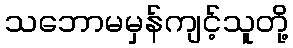
သဘောမမှန်ကျင့်သူတို့